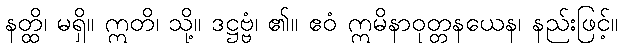
နတ္ထိ၊ မရှိ။ ဣတိ၊ သို့။ ဒဋ္ဌဗ္ဗံ၊ ၏။ ဧဝံ ဣမိနာဝုတ္တနယေန၊ နည်းဖြင့်။